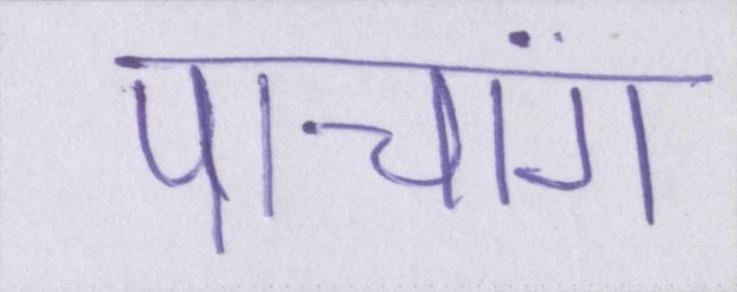
पांचांग